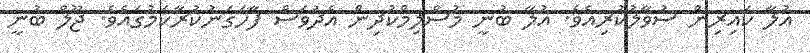
އުލާ ކައިރިން ސުވާލުކުރިއެވެ. އުލާ ބުނީ މުސްލިމްކުދިން އެދުވަސް ފާހަގަނުކުރާކަމުގައެވެ. ޖޫލް ބުނީ